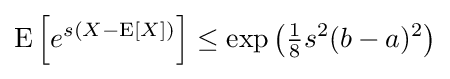
\mathrm {E} \left[e^{s\left(X-\mathrm {E} \left[X\right]\right)}\right]\leq \exp \left({\tfrac {1}{8}}s^{2}(b-a)^{2}\right)